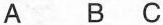
A B C